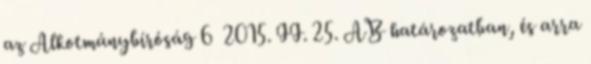
az Alkotmánybíróság 6 2015. II. 25. AB határozatban, és arra